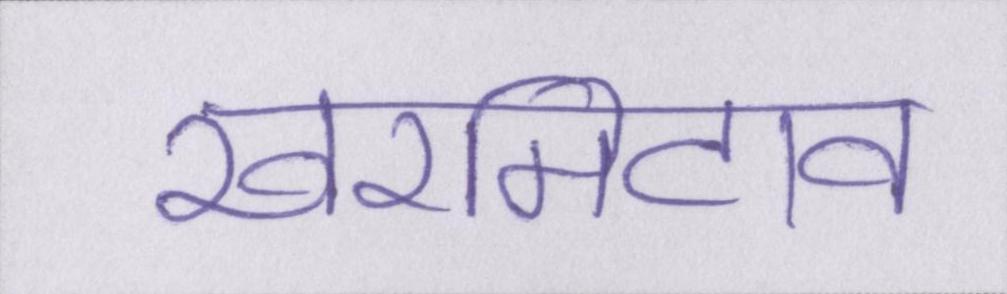
खरमिटाव